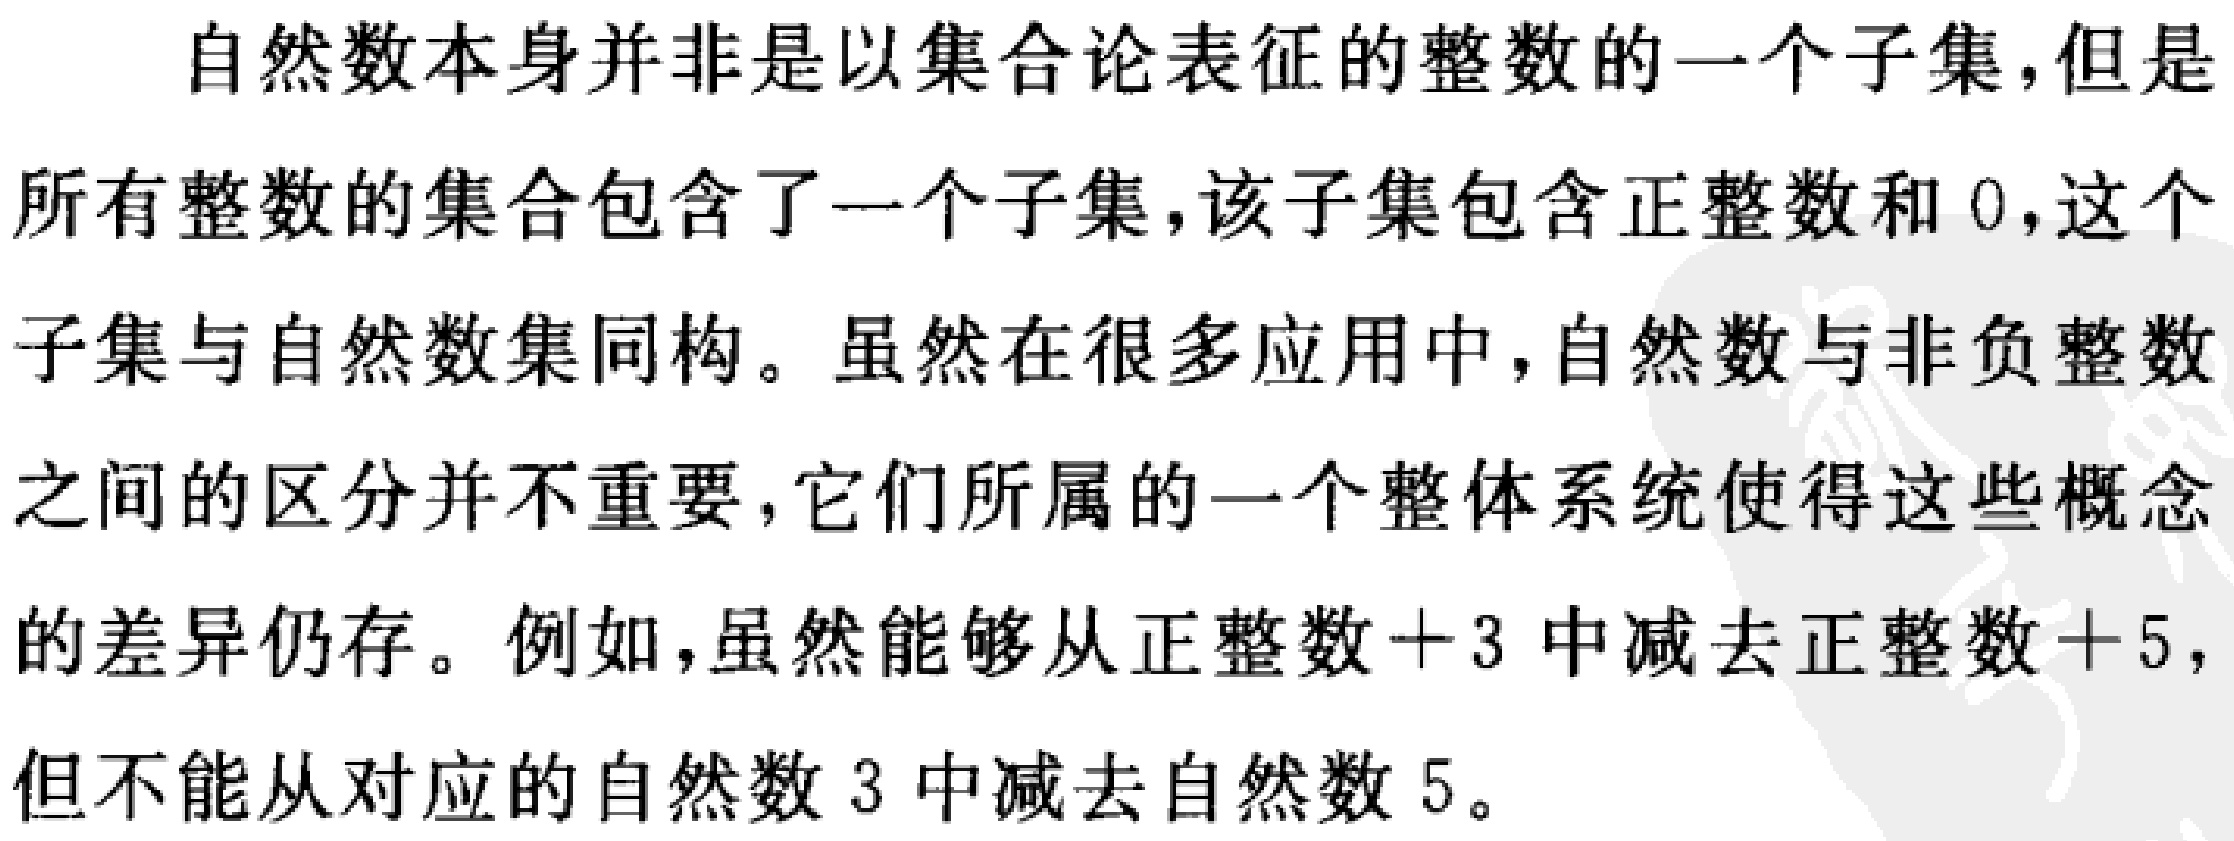
自然数本身并非是以集合论表征的整数的一个子集，但是
所有整数的集合包含了一个子集，该子集包含正整数和 \(0\)，这个
子集与自然数集同构。虽然在很多应用中，自然数与非负整数
之间的区分并不重要，它们所属的一个整体系统使得这些概念
的差异仍存。例如，虽然能够从正整数 \(+3\) 中减去正整数 \(+5\)，
但不能从对应的自然数 \(3\) 中减去自然数 \(5\)。